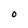
Character: O